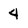
Character: 4